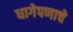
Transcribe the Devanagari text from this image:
धागेपणाचे